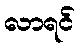
လာရင်